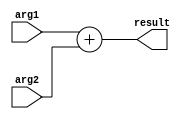
module somador(input [7:0] arg1, arg2, output [7:0] result);

assign result = arg1 + arg2;

endmodule